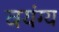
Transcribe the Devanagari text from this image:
वयंग्य